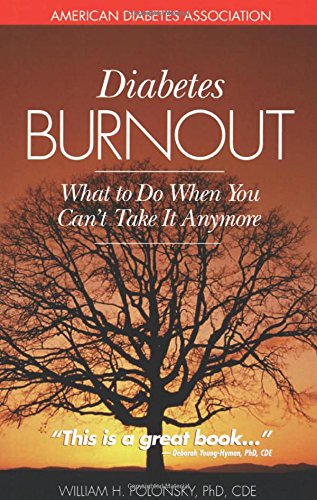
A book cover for Diabetes Burnout: What to Do When You Can't Take It Anymore; William H. Polonsky Ph.D.; Health, Fitness & Dieting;